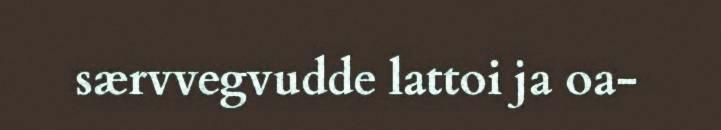
særvvegvudde lattoi ja oa-